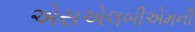
એસએલબીએમની